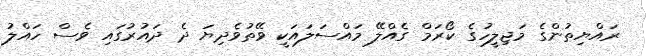
ރައްޔިތުންގެ މަޖިލީހުގެ ކޯރަމް ގެއްލޭ މައްސަލައަކީ ވޭތުވެދިޔަ ދެ ދައުރުގައި ވެސް ހައްލު